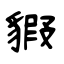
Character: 貑